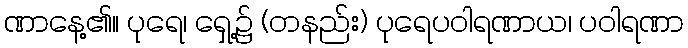
ဏာနေ့၏။ ပုရေ၊ ရှေ့၌ (တနည်း) ပုရေပဝါရဏာယ၊ ပဝါရဏာ